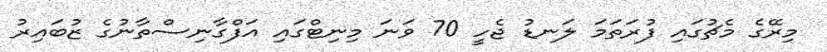
މިރޭގެ މެޗުގައި ފުރަތަމަ ލަނޑު ޖެހީ 70 ވަނަ މިނިޓްގައި އަފްގާނިސްތާނުގެ ޒުބައިރު